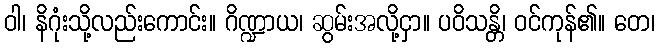
ဝါ၊ နိဂုံးသို့လည်းကောင်း။ ဂိဏ္ဍာယ၊ ဆွမ်းအလို့ငှာ။ ပဝိသန္တိ၊ ဝင်ကုန်၏။ တေ၊